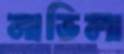
নাভিলা